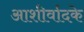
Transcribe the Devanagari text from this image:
आशीर्वादके